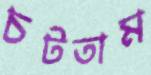
চটতাম